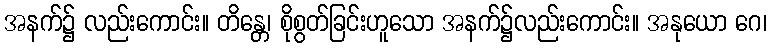
အနက်၌ လည်းကောင်း။ တိန္တေ၊ စိုစွတ်ခြင်းဟူသော အနက်၌လည်းကောင်း။ အနုယော ဂေ၊